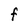
Character: F